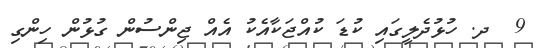
9  ދ. ހުޅުދެލީގައި ކުޑަ ކުއްޖަކާއެކު އެއް ޖިންސުން ގުޅުން ހިންގި